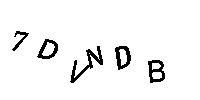
7DVNDB